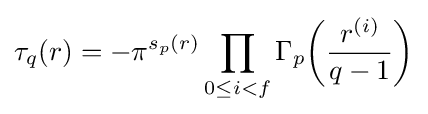
\tau _{q}(r)=-\pi ^{s_{p}(r)}\prod _{0\leq i<f}\Gamma _{p}\!\left({\frac {r^{(i)}}{q-1}}\right)